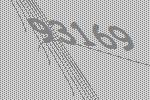
93169